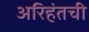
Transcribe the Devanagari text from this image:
अरिहंतची